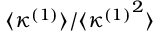
\langle \kappa ^ { ( 1 ) } \rangle / \langle { \kappa ^ { ( 1 ) } } ^ { 2 } \rangle